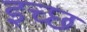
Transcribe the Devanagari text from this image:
इच्छ